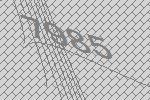
7985